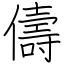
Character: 儔